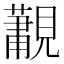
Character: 𮗛